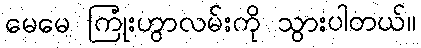
မေမေ ကြုံးဟွာလမ်းကို သွားပါတယ်။